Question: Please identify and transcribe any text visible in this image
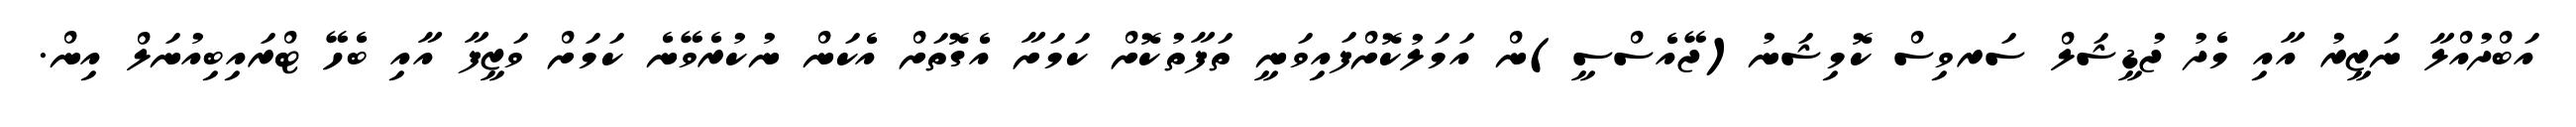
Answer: އަބްދުއްލާ ނަޒީރު އާއި މެދު ޖުޑީޝަލް ސަރވިސް ކޮމިޝަނު(ޖޭއެސްސީ)ން އަމަލުކޮށްފައިވަނީ ތަފާތުކޮށް ކަމަށާ އެގޮތަށް އެކަން ނުކުރެވޭނެ ކަމަށް ވަޒީފާ އާއި ބެހޭ ޓްރައިބިއުނަލް އިން.